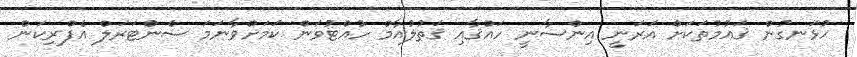
ހުޅަނގުން ޤައުމުތަކަށް އަރަނީ އިންސާނީ ހައްޤާއި ޤަތުލުއާމް ހުއްޓުވަން ކަމަށްވާނަމަ ސެންޓަރަލް އެފްރިކަން